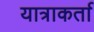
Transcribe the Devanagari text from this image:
यात्राकर्ता